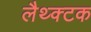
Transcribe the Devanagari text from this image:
लैथ्क्टक